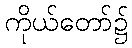
ကိုယ်တော်၌